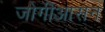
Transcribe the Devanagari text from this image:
जोगीआसन